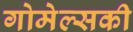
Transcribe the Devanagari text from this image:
गोमेल्सकी